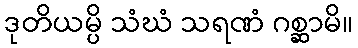
ဒုတိယမ္ပိ သံဃံ သရဏံ ဂစ္ဆာမိ။